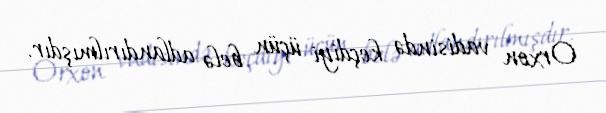
Orxon vadisində keçdiyi üçün belə adlandırılmışdır.